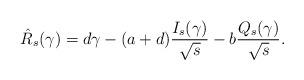
LaTeX: \begin{align*}\hat{R}_s(\gamma) = d \gamma - (a+d) \frac{ I_s(\gamma) }{\sqrt{s}} - b \frac{ Q_s(\gamma) }{\sqrt{s}}.\end{align*}